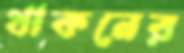
থাকনের